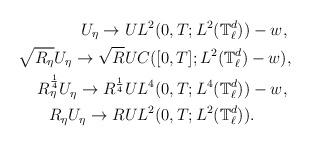
LaTeX: \begin{align*}\begin{aligned}U_\eta \to U & L^2(0,T;L^{2}(\mathbb T^d_{\ell}))-w, \\\sqrt{R_\eta} U_\eta \to \sqrt{R} U & C([0,T] ; L^2(\mathbb T^d_{\ell})-w), \\R_\eta^{\frac14} U_\eta \to R^{\frac14} U & L^4(0,T;L^4(\mathbb T^d_{\ell}))-w, \\R_\eta U_\eta \to RU & L^2(0,T;L^2(\mathbb T^d_{\ell})) .\end{aligned}\end{align*}